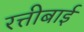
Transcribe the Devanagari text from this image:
रत्तीबाई